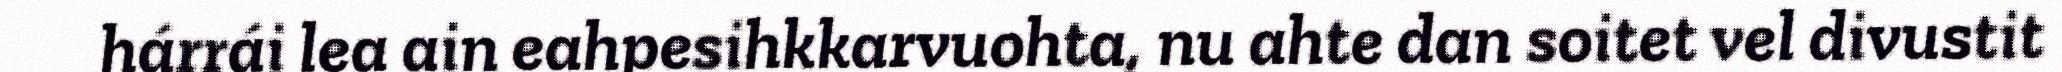
hárrái lea ain eahpesihkkarvuohta, nu ahte dan soitet vel divustit